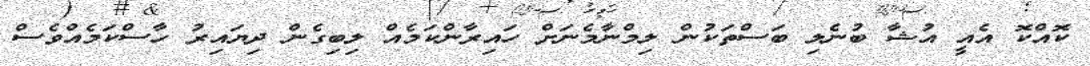
ކޮއްކޮ އެއީ އުޝާ ބުނެލި ބަސްތަކުން ލިމްނާމެނަށް ހައިރާންކަމެއް ލިބިގެން ދިޔައިރު ހާސްކަމެއްވެސް